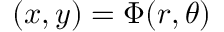
\displaystyle ( x , y ) = \Phi ( r , \theta )